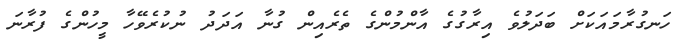
ހަނގުރާމައަކަށް ބަދަލުވެ އިރާގުގެ އާންމުންގެ ތެރެއިން ގުނާ އަދަދު ނުކުރެވޭހާ މީހުންގެ ފުރާނަ